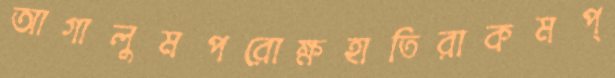
আগালুমপরোক্ষহাতিরাকমপ্